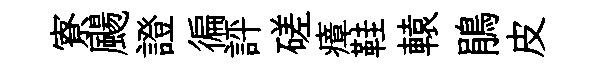
寮颺證徧評磋瘴鞋轅鵑皮